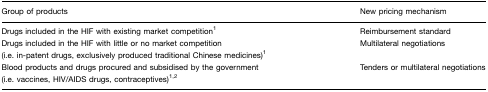
| Group of products | New pricing mechanism |
 | --- | --- |
 | Drugs included in the HIF with existing market competition1 | Reimbursement standard |
 | Drugs included in the HIF with little or no market competition | Multilateral negotiations |
 | (i.e. in-patent drugs, exclusively produced traditional Chinese medicines)1 |  |
 | Blood products and drugs procured and subsidised by the government | Tenders or multilateral negotiations |
 | (i.e. vaccines, HIV/AIDS drugs, contraceptives)1,2 |  |